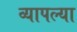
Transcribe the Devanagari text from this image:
व्यापल्या